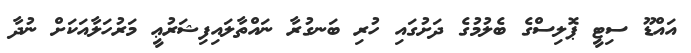
އައްޑޫ ސިޓީ ޕޮލިސްގެ ބެލުމުގެ ދަށުގައި ހުރި ބަނގުރާ ނައްތާލައިފިޝަރުޢީ މަރުހަލާއަކަށް ނުދާ